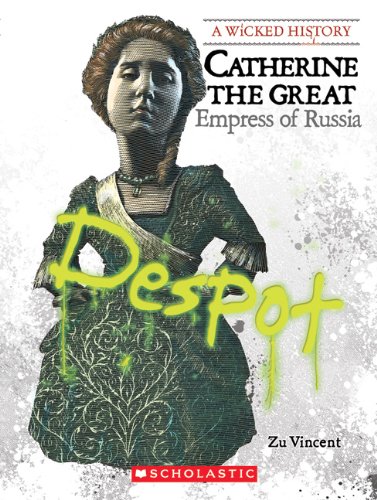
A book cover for Catherine the Great: Empress of Russia (Wicked History); Zu Vincent; Teen & Young Adult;